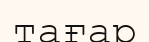
тағар